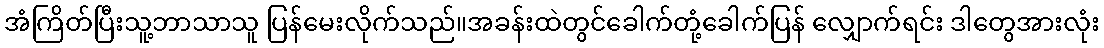
အံကြိတ်ပြီးသူ့ဘာသာသူ ပြန်မေးလိုက်သည်။အခန်းထဲတွင်ခေါက်တုံ့ခေါက်ပြန် လျှောက်ရင်း ဒါတွေအားလုံး